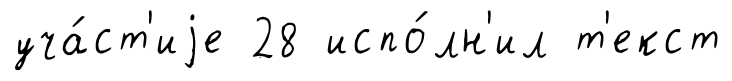
уча́ст'иjе 28 испо́лн'ил т'екст